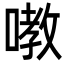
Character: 嘋